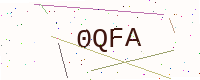
Text: 0QFA